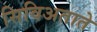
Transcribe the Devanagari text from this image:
सिविअताते